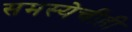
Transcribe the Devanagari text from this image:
समस्येचीही